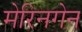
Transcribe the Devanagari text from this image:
मेरिनगेन